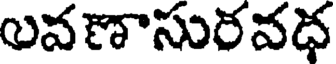
లవణాసురవధ